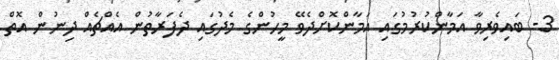
3- ބައިވެރިވާ އަމާންކުރުމުގައި އަމާންކޮށްދެވޭ މީހުންގެ މެދުގައި ދެފަރާތުން އެއްޗެއް ދިނުން އޮތް